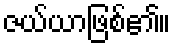
ဇယ်ယာဖြစ်၏။